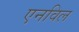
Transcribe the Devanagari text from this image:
एनविल